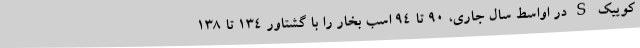
کوییک S در اواسط سال جاری، ۹۰ تا ۹۴ اسب بخار را با گشتاور ۱۳۴ تا ۱۳۸